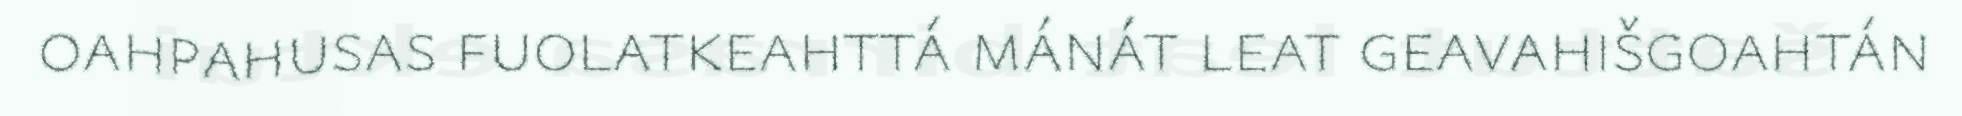
oahpahusas fuolatkeahttá mánát leat geavahišgoahtán